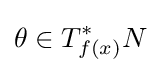
\theta \in T_{f(x)}^{*}N